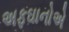
અફઘાનોએ